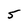
Character: 5